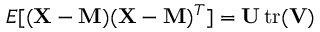
E [ ( \mathbf { X } - \mathbf { M } ) ( \mathbf { X } - \mathbf { M } ) ^ { T } ] = \mathbf { U } \operatorname { t r } ( \mathbf { V } )